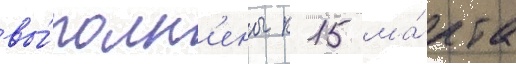
вы́полн'ены к 15 ма́рта